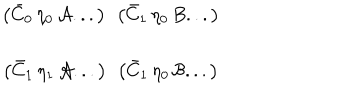
\begin{array} { c c } { { \left( \bar { C } _ { 0 } \, \eta _ { 0 } \, { \cal A } . . . \right) \; \, \left( \bar { C } _ { 1 } \, \eta _ { 0 } \, B . . . \right) } } \\ { { \left( \bar { C } _ { 1 } \, \eta _ { 1 } \, { \cal A } . . . \right) \; \, \left( \bar { C } _ { 1 } \, \eta _ { 0 } \, { \cal B } . . . \right) } } \\ \end{array}